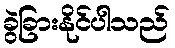
ခွဲခြားနိုင်ပါသည်